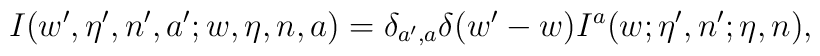
I(w',\eta',n',a' ;w,\eta,n,a ) =\delta_{a',a} \delta(w' - w)I^a(w ; \eta',n' ; \eta,n ),